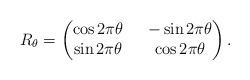
LaTeX: \begin{align*}R_{\theta}=\left(\begin{matrix}\cos{2\pi \theta} \ \ &-\sin{2\pi \theta}\\\sin{2\pi \theta} \ \ &\cos{2\pi \theta}\end{matrix}\right).\end{align*}